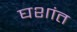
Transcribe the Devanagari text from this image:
घशांत